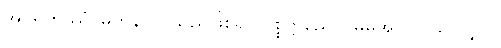
အပရိတဿံ၊ မတုန်လှုပ်သည်ဖြစ်၍။ ပစ္စတ္တညေဝ၊ မိမိအလိုလိုသာလျှင်။